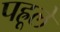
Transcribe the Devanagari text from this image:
पह्रूले